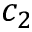
c _ { 2 }